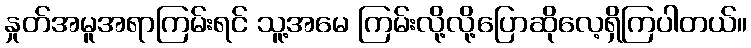
နှုတ်အမူအရာကြမ်းရင် သူ့အမေ ကြမ်းလို့လို့ပြောဆိုလေ့ရှိကြပါတယ်။